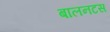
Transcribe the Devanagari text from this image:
बालनटस